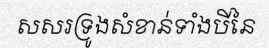
សសរទ្រូងសំខាន់ទាំងបីនៃ